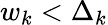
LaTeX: w_{k}<\Delta_{k}